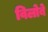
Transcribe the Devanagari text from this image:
विलोबे